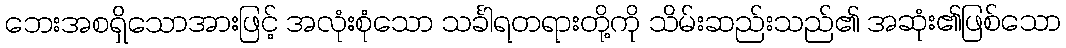
ဘေးအစရှိသောအားဖြင့် အလုံးစုံသော သင်္ခါရတရားတို့ကို သိမ်းဆည်းသည်၏ အဆုံး၏ဖြစ်သော